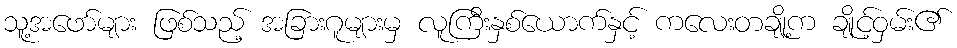
သူ့အဖော်များ ဖြစ်သည့် အခြားဂူများမှ လူကြီးနှစ်ယောက်နှင့် ကလေးတချို့က ချိုင့်ဝှမ်း၏